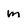
Character: m